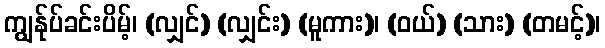
ကျွန်ုပ်ခင်းပိမ့်၊ (လျှင်) (လျှင်း) (မူကား)၊ (ဝယ်) (သား) (တမင့်)၊